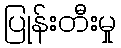
ပြုန်းတီးမှု